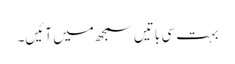
بہت سی باتیں سمجھ میں آئیں۔